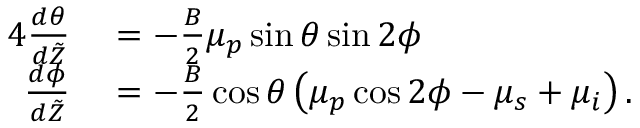
\begin{array} { r l } { { 4 } \frac { d \theta } { d \tilde { Z } } } & { { } = - \frac { B } { 2 } \mu _ { p } \sin \theta \sin 2 \phi } \\ { \frac { d \phi } { d \tilde { Z } } } & { { } = - \frac { B } { 2 } \cos \theta \left( \mu _ { p } \cos 2 \phi - \mu _ { s } + \mu _ { i } \right) . } \end{array}